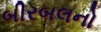
બીરબલનો